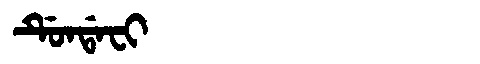
Manchu: ᡩᡠᠨᡩᠠᠸᡳ
Romanization: DUNDAFI